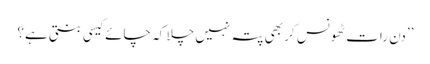
’’دن رات ٹھونس کر بھی پتہ نہیں چلا کہ چائے کیسی بنتی ہے؟